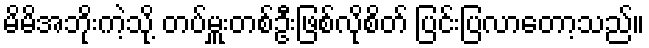
မိမိအဘိုးကဲ့သို့ တပ်မှူးတစ်ဦးဖြစ်လိုစိတ် ပြင်းပြလာတော့သည်။